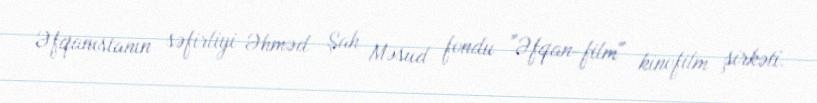
Əfqanıstanın səfirliyi Əhməd Şah Məsud fondu "Əfqan-film" kinofilm şirkəti.